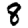
Digit: 8